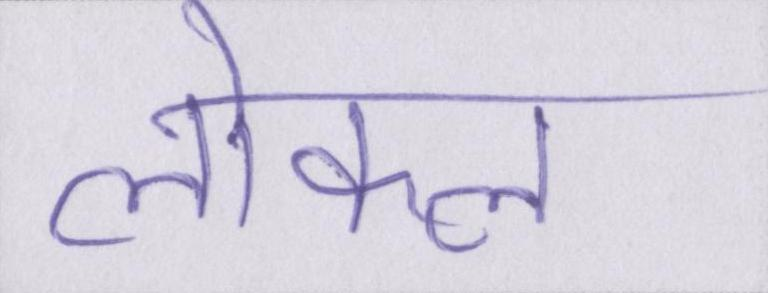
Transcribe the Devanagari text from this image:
लोकल